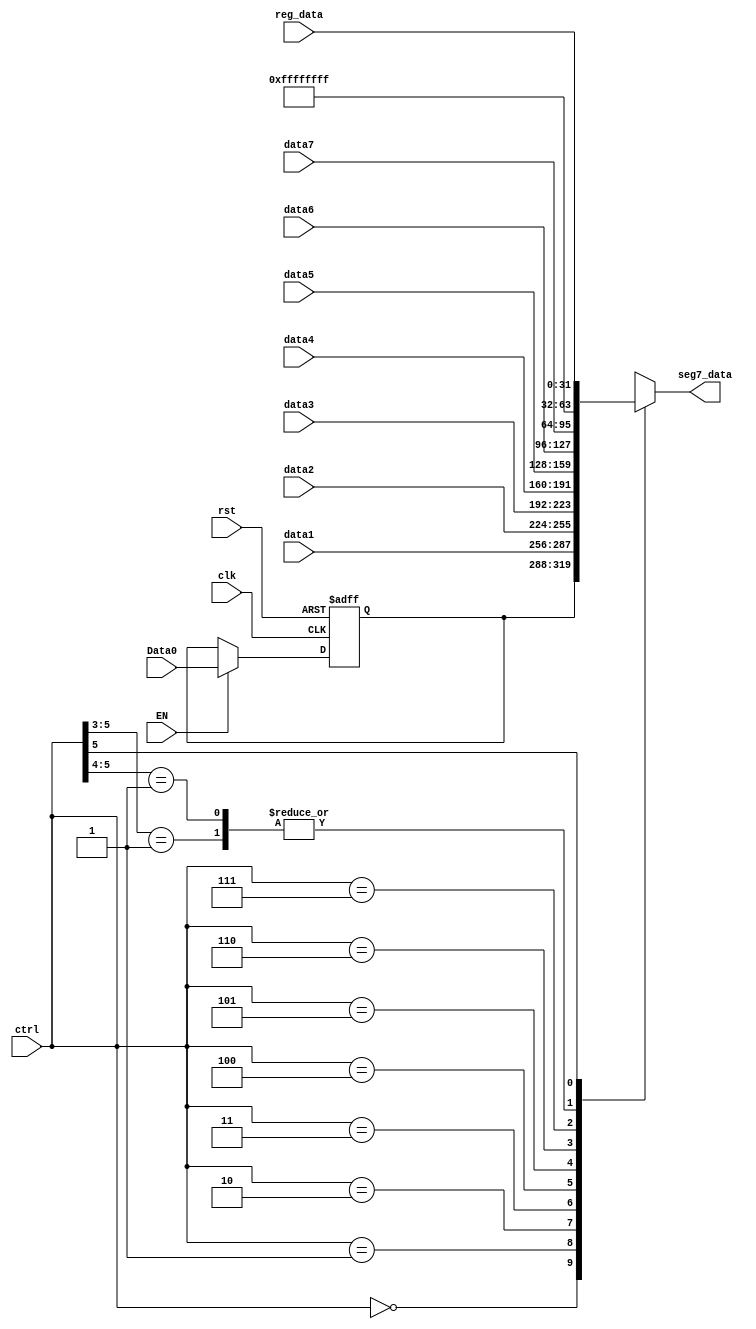
`timescale 1ns / 1ps
//////////////////////////////////////////////////////////////////////////////////
// Company: 
// Engineer: 
// 
// Design Name: 
// Module Name:    Output_2_Disp 
// Project Name: 
// Target Devices: 
// Tool versions: 
// Description: 
//
// Dependencies: 
//
// Revision: 
// Revision 0.01 - File Created
// Additional Comments: 
//
//////////////////////////////////////////////////////////////////////////////////


module 		Multi_CH32(
              input clk,              // clock
              input rst,              // reset
              input EN,               // Write EN
              input[5:0]  ctrl,       // SW[5:0]
              input[31:0] Data0,      // channel 0 for CPU (sw)
              input[31:0] data1,      // data for test channel 1
              input[31:0] data2,      // data for test channel 2
              input[31:0] data3,      // data for test channel 3
              input[31:0] data4,      // data for test channel 4
              input[31:0] data5,      // data for test channel 5
              input[31:0] data6,      // data for test channel 6
              input[31:0] data7,      // data for test channel 7
              input[31:0] reg_data,   // data of selected register (ctrl[4:0] if ctrl[5] == '1')
              output reg [31:0] seg7_data // data to be displayed on seg7
              );

  reg[31:0] disp_data = 32'hAA5555AA; // default data for test channel 0
  
  always @( * )
      casex(ctrl) // SW[5:0]
         6'b000000: seg7_data = disp_data;
         6'b000001: seg7_data = data1;
         6'b000010: seg7_data = data2;
         6'b000011: seg7_data = data3;
         6'b000100: seg7_data = data4;
         6'b000101: seg7_data = data5;
         6'b000110: seg7_data = data6;
         6'b000111: seg7_data = data7;
         6'b001xxx: seg7_data = 32'hFFFFFFFF;
         6'b01xxxx: seg7_data = 32'hFFFFFFFF;
         6'b1xxxxx: seg7_data = reg_data;
      endcase


  always@(posedge rst, posedge clk )begin
    if (rst) 
      disp_data <= 32'hAA5555AA;
    else begin
      if(EN) 
        disp_data <= Data0;     //Data0
      else
        disp_data <= disp_data; 
    end
  end


endmodule